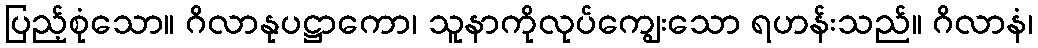
ပြည့်စုံသော။ ဂိလာနုပဋ္ဌာကော၊ သူနာကိုလုပ်ကျွေးသော ရဟန်းသည်။ ဂိလာနံ၊